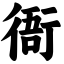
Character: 衙